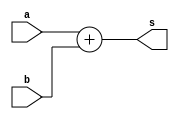
module adder16(a,b,s);
input [15:0]a,b;
output [15:0]s;

assign s=a+b;

endmodule